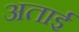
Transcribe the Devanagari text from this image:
अताई